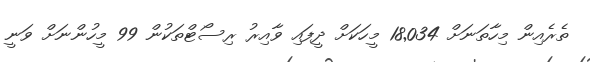
ތެރެއިން މިހާތަނަށް 18